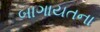
બાગાયતના